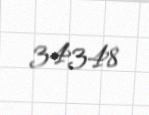
34348